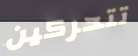
تتحركين